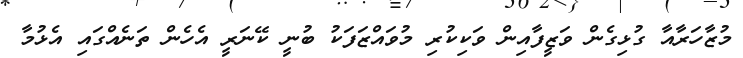
މުޒާހަރާއާ ގުޅިގެން ވަޒީފާއިން ވަކިކުރި މުވައްޒަފަކު ބުނީ ކޭނަރީ އެހެން ތަނެއްގައި އެޅުމާ